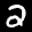
Label: 2